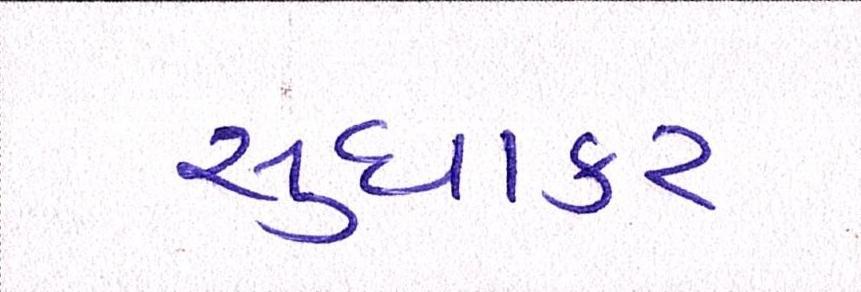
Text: સુધાકર